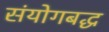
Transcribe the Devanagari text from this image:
संयोगबद्ध